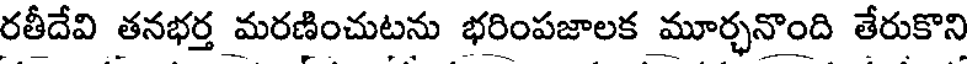
రతీదేవి తనభర్త మరణించుటను భరింపజాలక మూర్భనొంది తేరుకొని